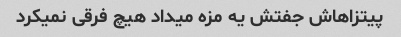
پیتزاهاش جفتش یه مزه میداد هیچ فرقی نمیکرد